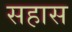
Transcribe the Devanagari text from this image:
सहास